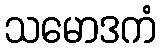
သမောဒကံ